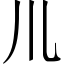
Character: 𫶧